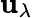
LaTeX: \mathbf{u}_{\lambda}